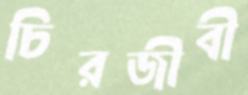
চিরজীবী